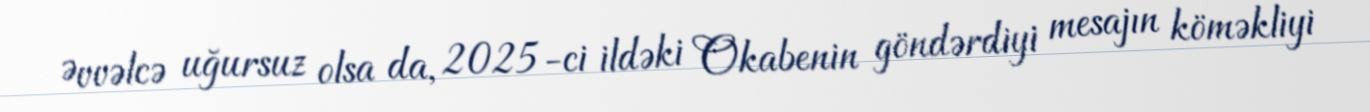
Əvvəlcə uğursuz olsa da, 2025-ci ildəki Okabenin göndərdiyi mesajın köməkliyi